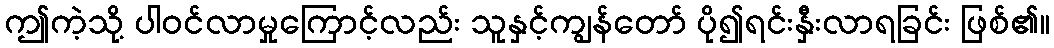
ဤကဲ့သို့ ပါဝင်လာမှုကြောင့်လည်း သူနှင့်ကျွန်တော် ပို၍ရင်းနှီးလာရခြင်း ဖြစ်၏။